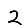
Digit: 2